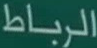
الرباط